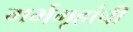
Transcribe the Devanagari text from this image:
गर्भगृहांची